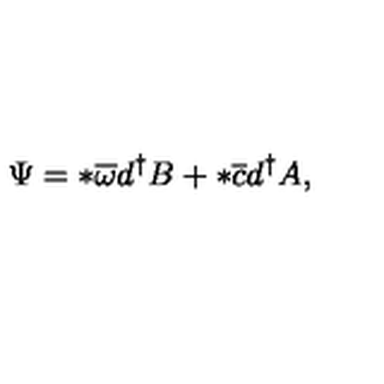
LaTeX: \Psi = * \overline { { \omega } } d ^ { \dagger } B + * \overline { { c } } d ^ { \dagger } A ,